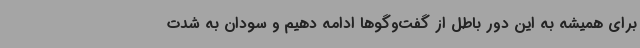
برای همیشه به این دور باطل از گفت‌وگوها ادامه دهیم و سودان به شدت